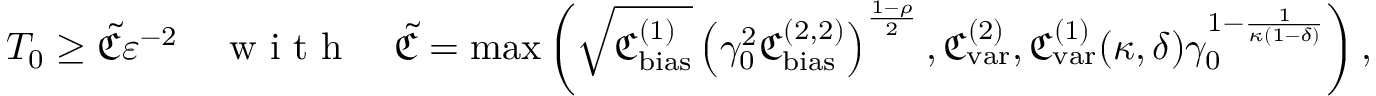
T _ { 0 } \ge \widetilde { \mathfrak { C } } \varepsilon ^ { - 2 } \quad \textnormal { w i t h } \quad \widetilde { \mathfrak { C } } = \operatorname* { m a x } \left( \sqrt { \mathfrak { C _ { \mathrm { b i a s } } ^ { ( 1 ) } } } \left( \gamma _ { 0 } ^ { 2 } \mathfrak { C _ { \mathrm { b i a s } } ^ { ( 2 , 2 ) } } \right) ^ { \frac { 1 - \rho } { 2 } } , \mathfrak { C _ { \mathrm { v a r } } ^ { ( 2 ) } } , \mathfrak { C _ { \mathrm { v a r } } ^ { ( 1 ) } } ( \kappa , \delta ) \gamma _ { 0 } ^ { 1 - \frac { 1 } { \kappa ( 1 - \delta ) } } \right) ,